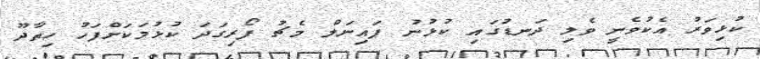
ކުޅިވަރު އެކުވެނީ ވެލި ދަނޑުގައި ކުޅުނު ފައިނަލް މެޗު ފޯރިގަދަ ކުޅުމަކަށްފަހު ހިތާދޫ